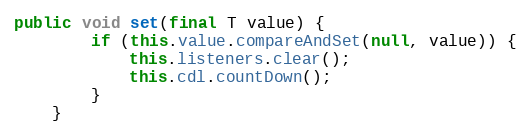
Language: Java
public void set(final T value) {
		if (this.value.compareAndSet(null, value)) {
			this.listeners.clear();
			this.cdl.countDown();
		}
	}